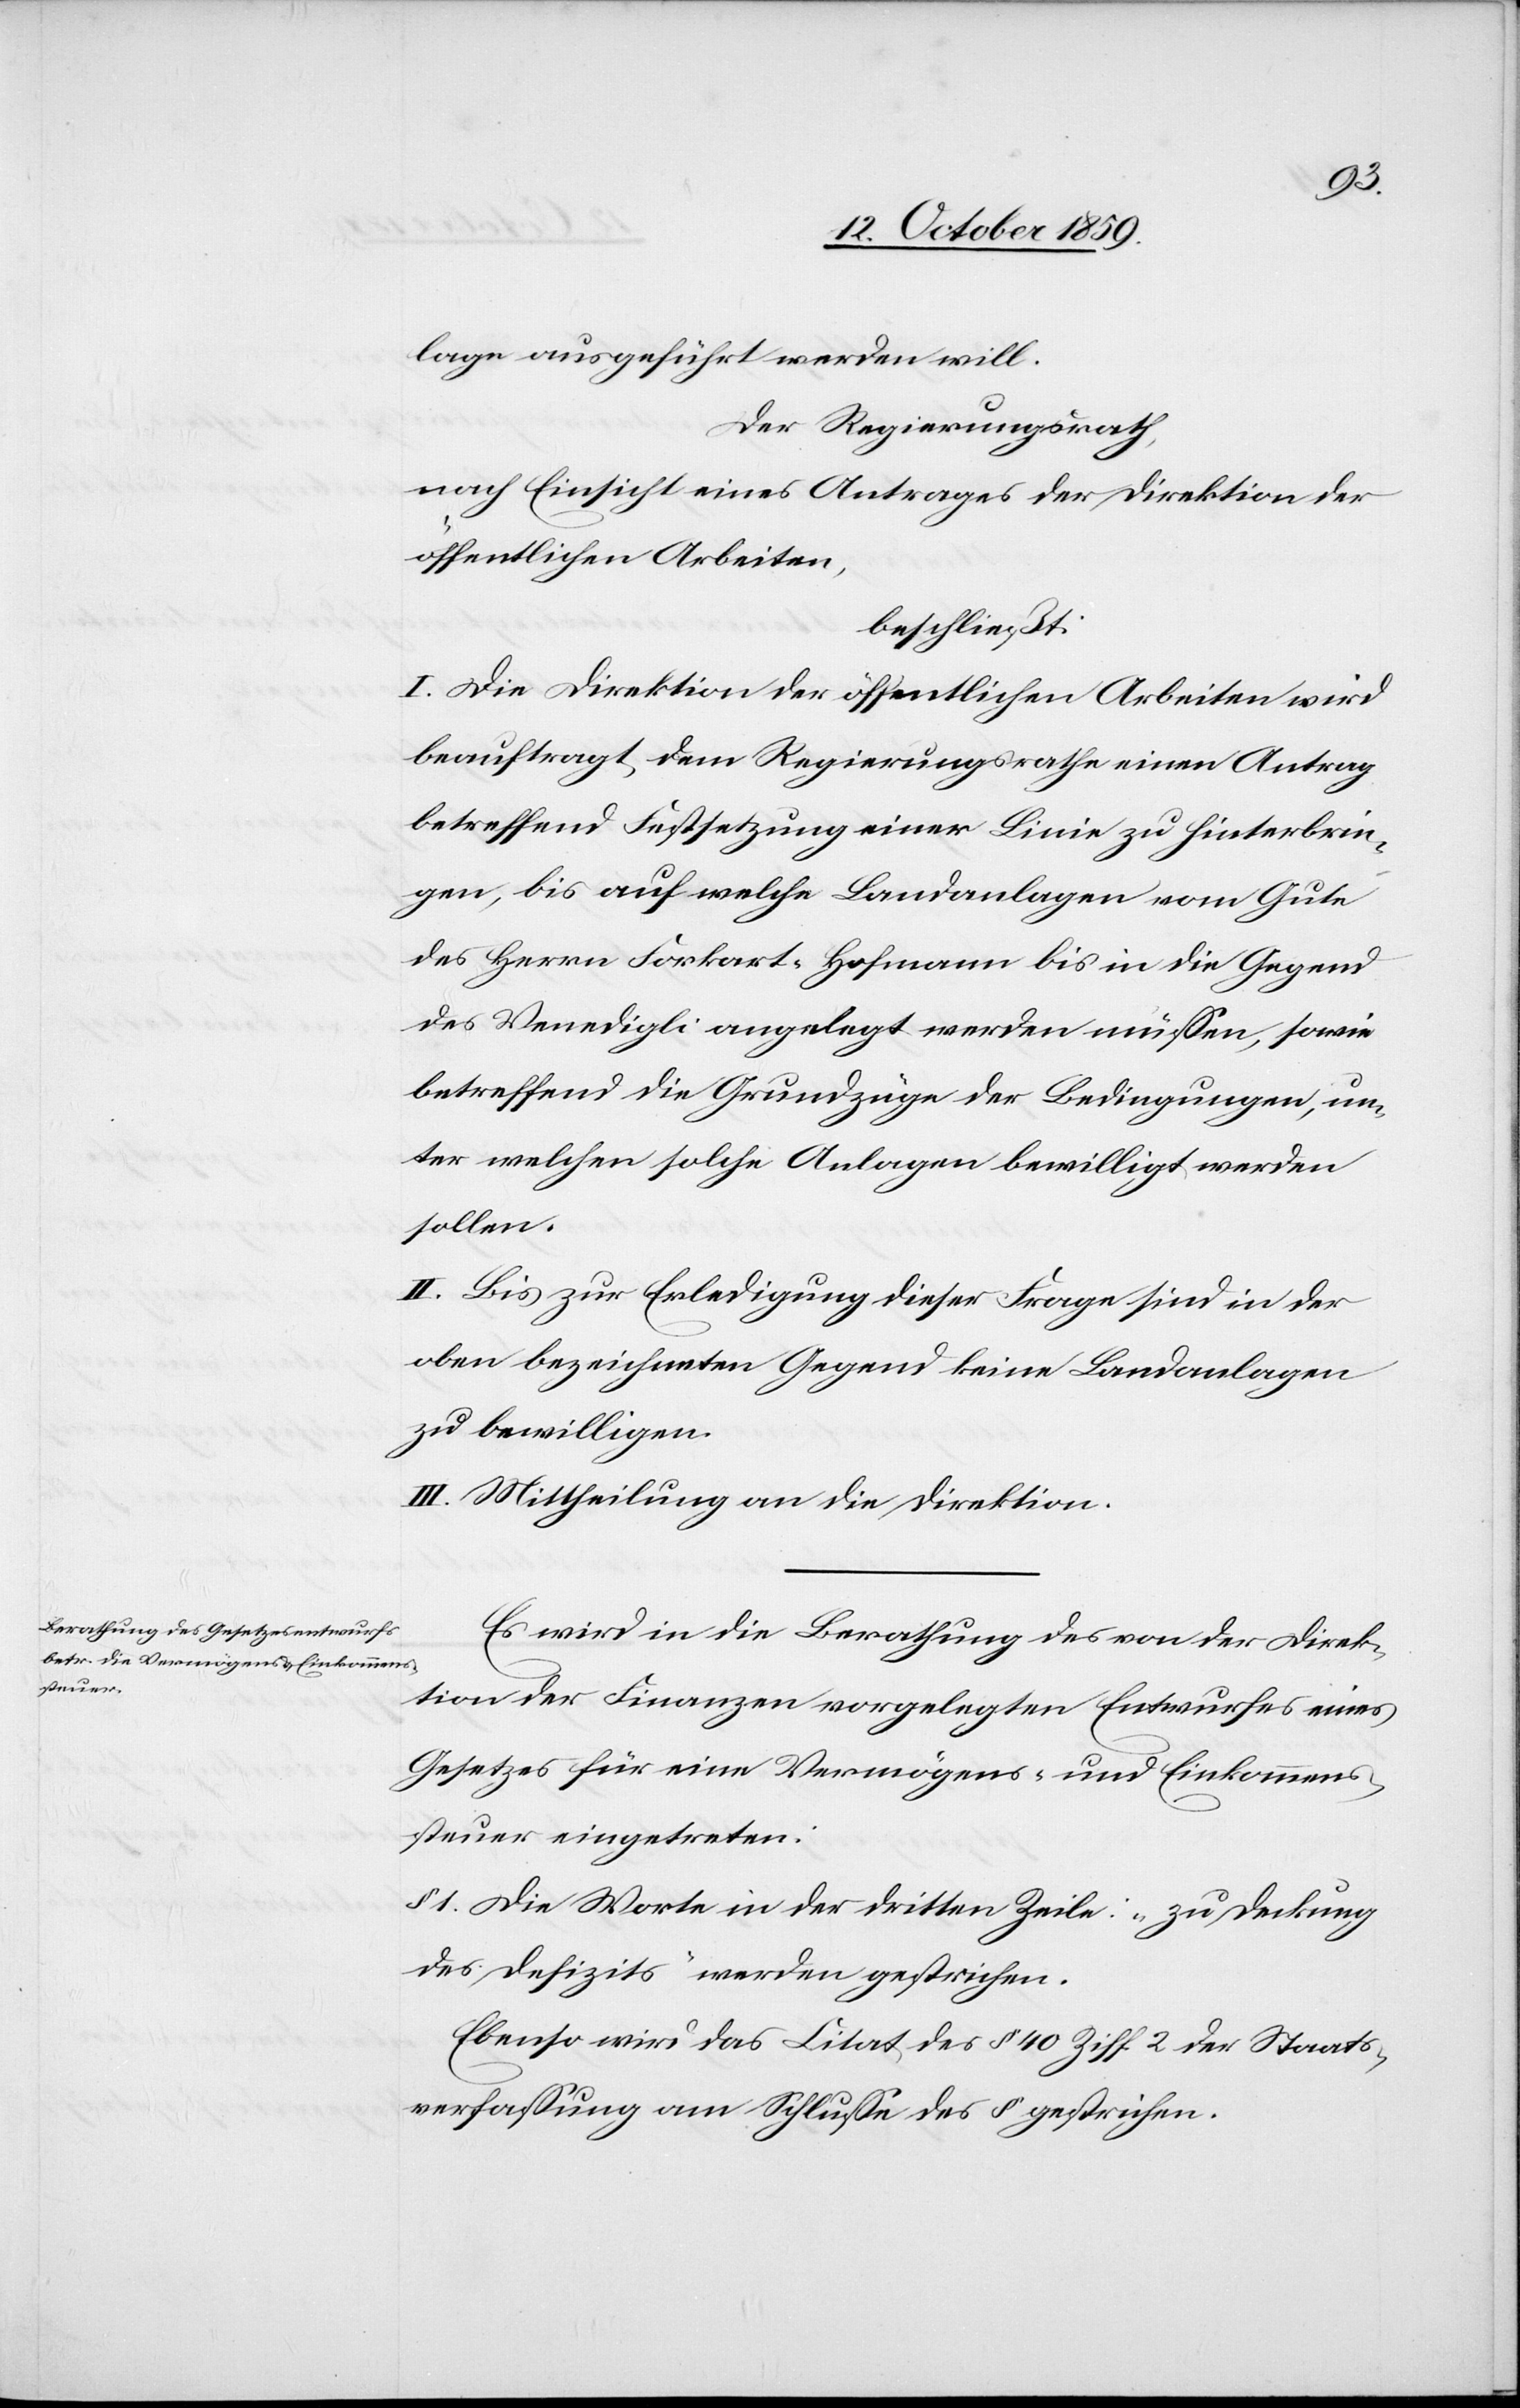
lage ausgeführt werden will.
Der Regierungsrath,
nach Einsicht eines Antrages der Direktion der
öffentlichen Arbeiten,
beschließt:
I. Die Direktion der öffentlichen Arbeiten wird
beauftragt, dem Regierungsrathe einen Antrag
betreffend Festsetzung einer Linie zu hinterbrin¬
gen, bis auf welche Landanlagen vom Gute
des Herrn Forkart-Hofmann bis in die Gegend
des Venedigli angelegt werden müssen, sowie
betreffend die Grundzüge der Bedingungen, un¬
ter welchen solche Anlagen bewilligt werden
sollen.
II. Bis zur Erledigung dieser Frage sind in der
oben bezeichneten Gegend keine Landanlagen
zu bewilligen.
III. Mittheilung an die Direktion.
Es wird in die Berathung des von der Direk¬
tion der Finanzen vorgelegten Entwurfes eines
Gesetzes für eine Vermögens- und Einkommens¬
steuer eingetreten:
1. Die Worte in der dritten Zeile: „zu Deckung
des Defizits“ werden gestrichen.
Ebenso wird das Zitat des § 40 Ziff 2 der Staats¬
verfassung am Schlusse des § gestrichen.